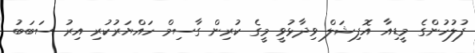
ފުލުހުންގެ މީޑިއާ އޮފިޝަލް ވިދާޅުވީ މީގެ ކުރިން ގާސިމް ހައްޔަރުކުރި އިރު ސަބަބު